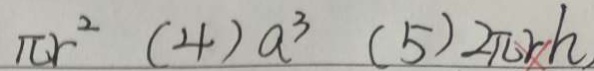
\pi r ^ { 2 } ( 4 ) a ^ { 3 } ( 5 ) 2 \pi r h